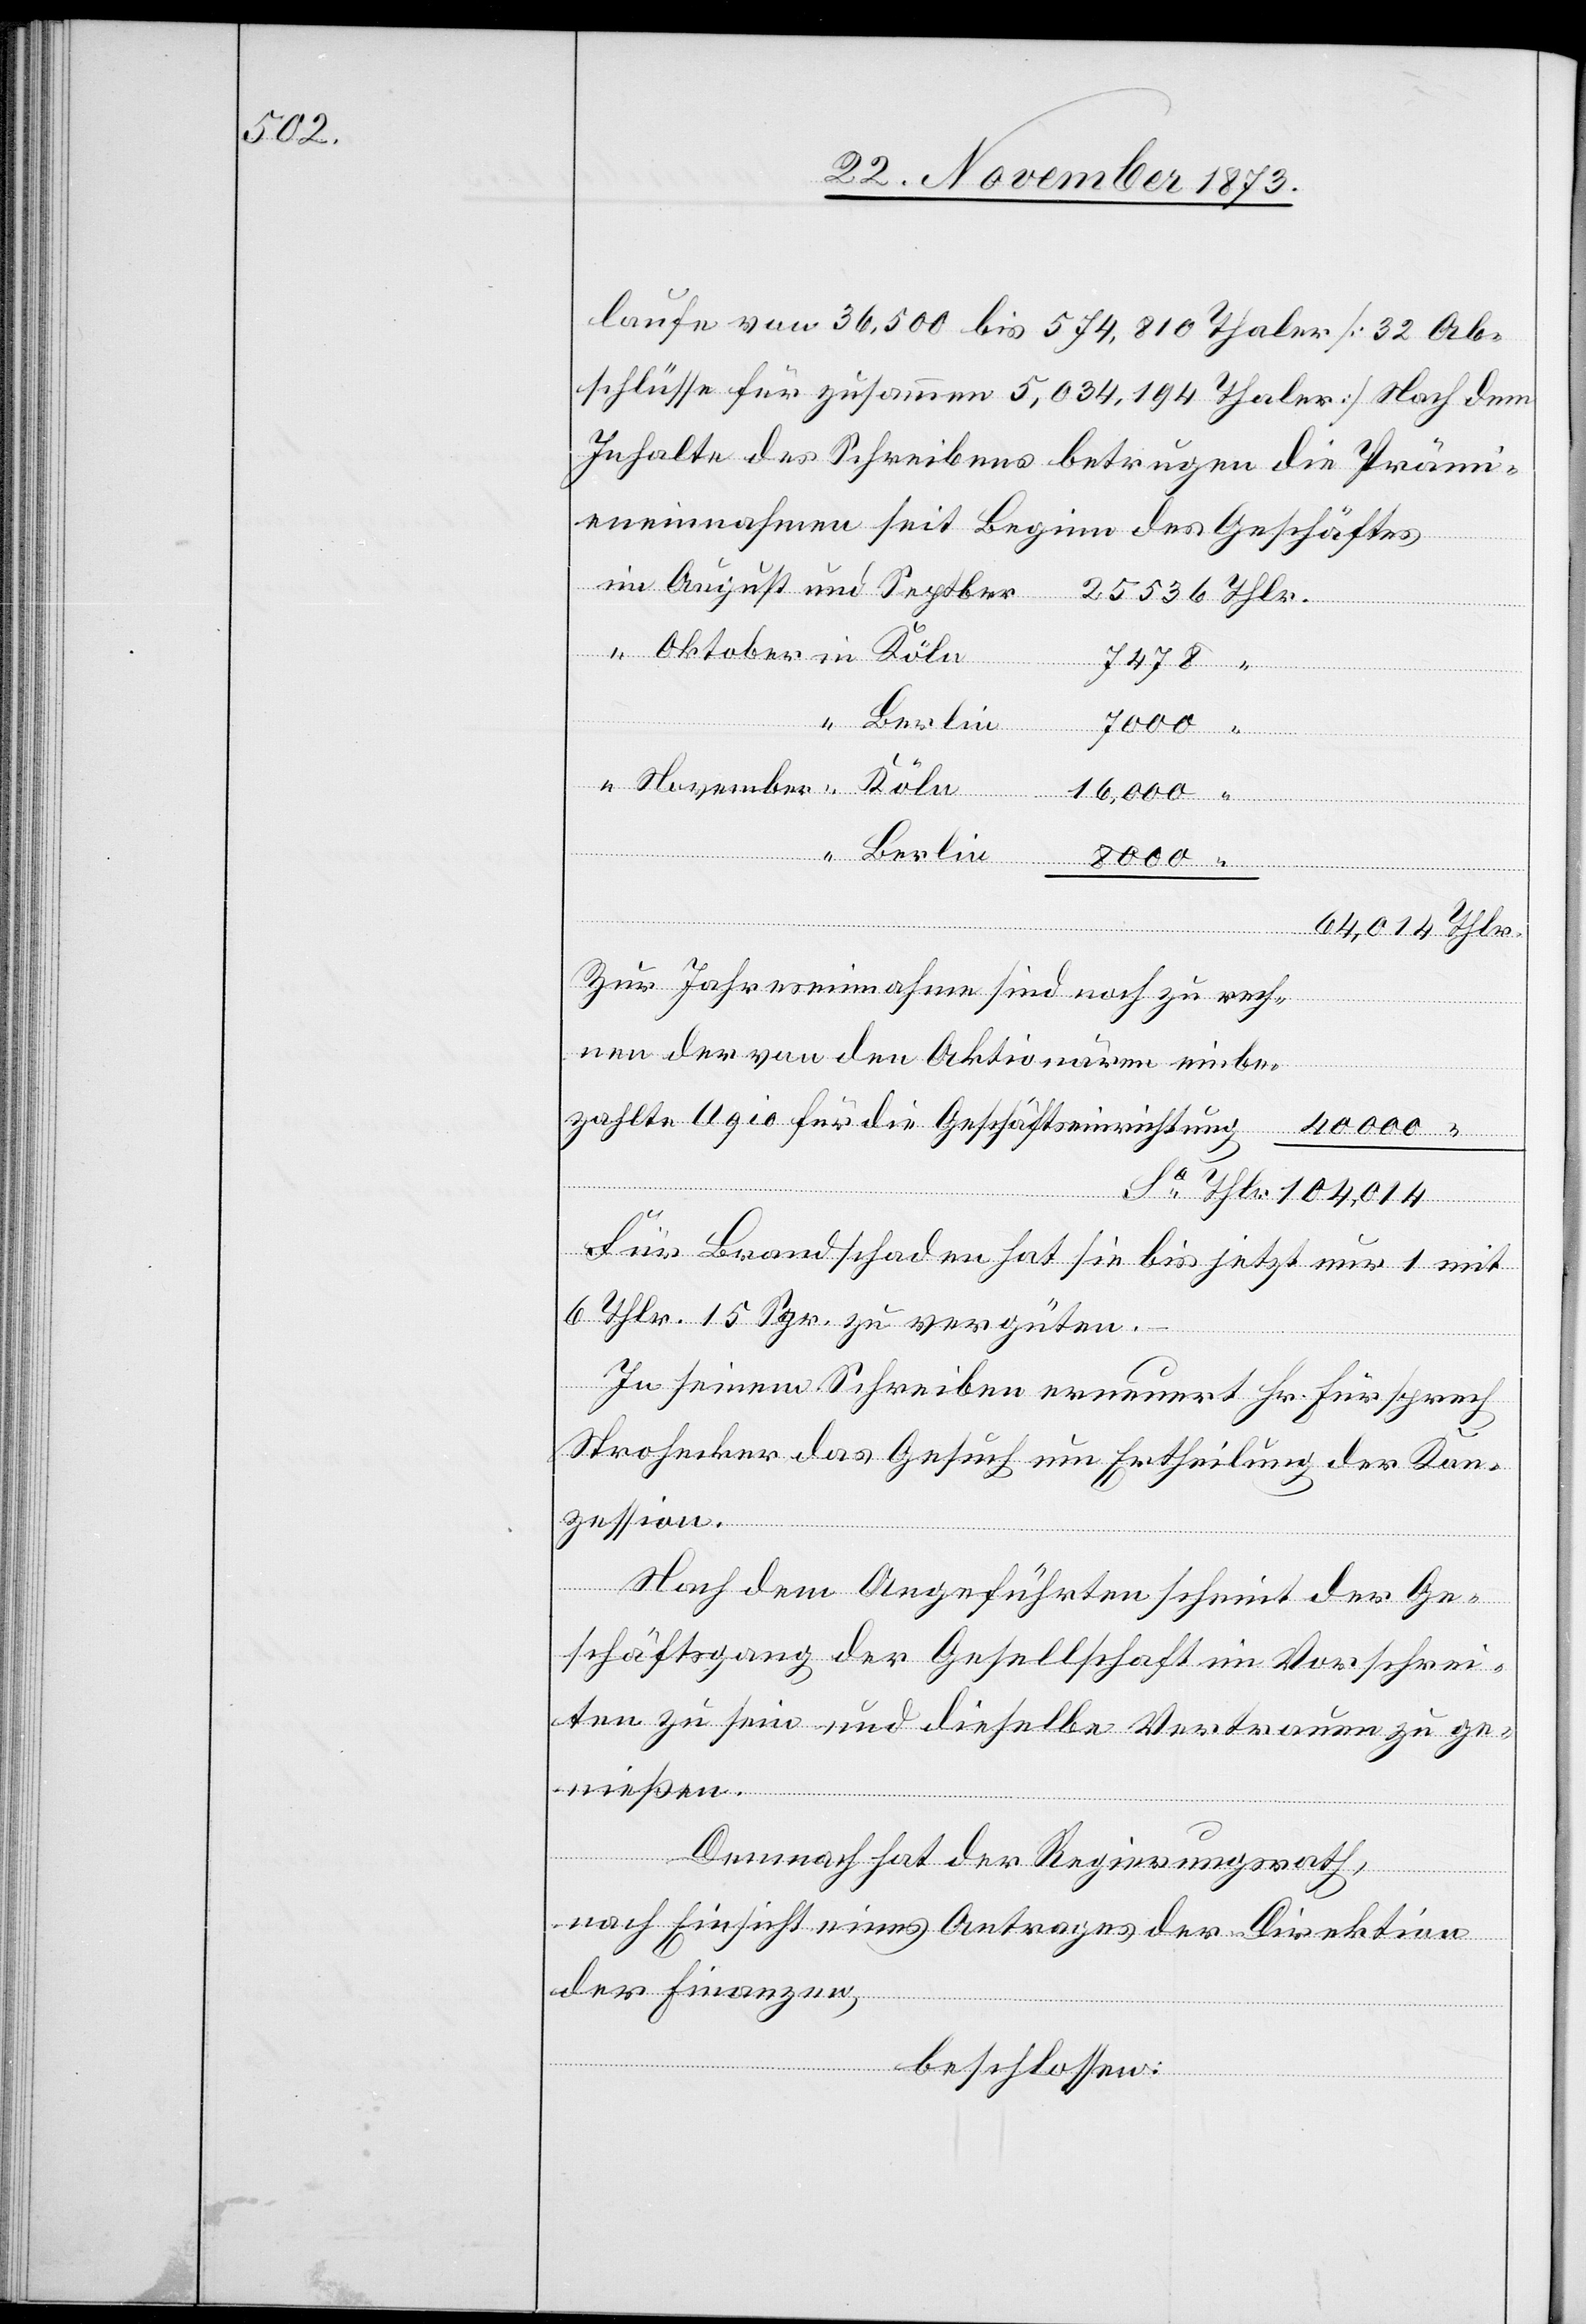
laufe von 36,500 bis 574,810 Thaler [32 Ab¬
schlüsse für zusammen 5,034,194 Thaler] Nach dem
Inhalte des Schreibens betrugen die Prämi¬
eneinnahmen seit Beginn des Geschäftes
November
7 478
nen
Berlin
16,000
Berlin
Thlr.
104,014
Zur Jahreseinnahme sind noch zu rech¬
der von den Aktionären einbe¬
zahlte Agio für die Geschäftseinrichtung
Sa
Für Brandschaden hat sie bis jetzt nur 1 mit
6 Thlr. 15 Sgr. zu vergüten.
In seinem Schreiben erneuert Hr. Fürsprech
Strohecker das Gesuch um Ertheilung der Kon¬
zession.
Nach dem Angeführten scheint der Ge¬
schäftsgang der Gesellschaft im Vorschrei¬
ten zu sein und dieselbe Vertrauen zu ge¬
nießen.
Demnach hat der Regierungsrath,
nach Einsicht eines Antrages der Direktion
der Finanzen,
beschlossen: